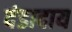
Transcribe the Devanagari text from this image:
दंडादाय